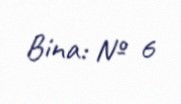
Bina: № 6